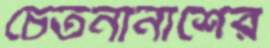
চেতনানাশের